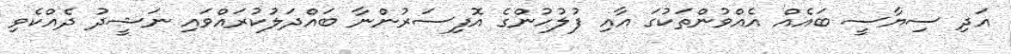
އަދި ސިޔާސީ ބައެއް އެއްވުންތަކުގަ އާއި ފުލުހުންގެ އޮފިސަރުންނާ ބައްދަލުކުރައްވައި ނަޝީދު ދެއްކެވި